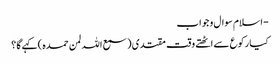
- اسلام سوال و جواب
کیا رکوع سے اٹھتے وقت مقتدی ( سمع اللہ لمن حمدہ ) کہےگا ؟